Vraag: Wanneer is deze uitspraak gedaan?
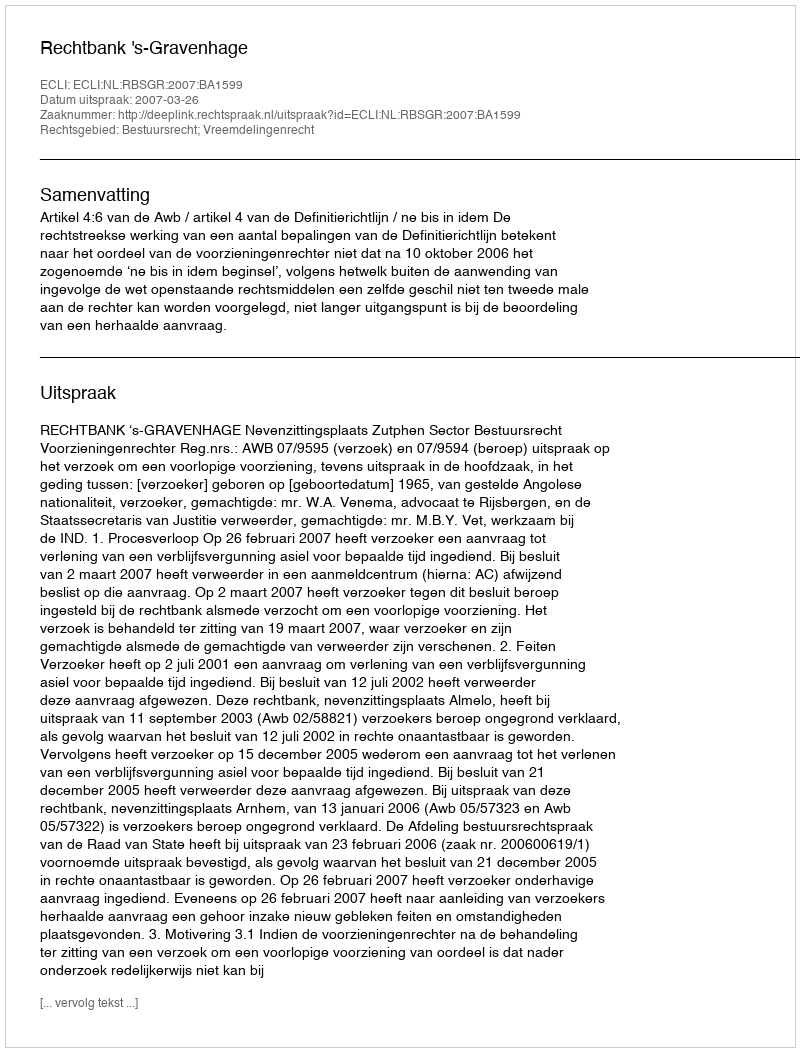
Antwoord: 2007-03-26